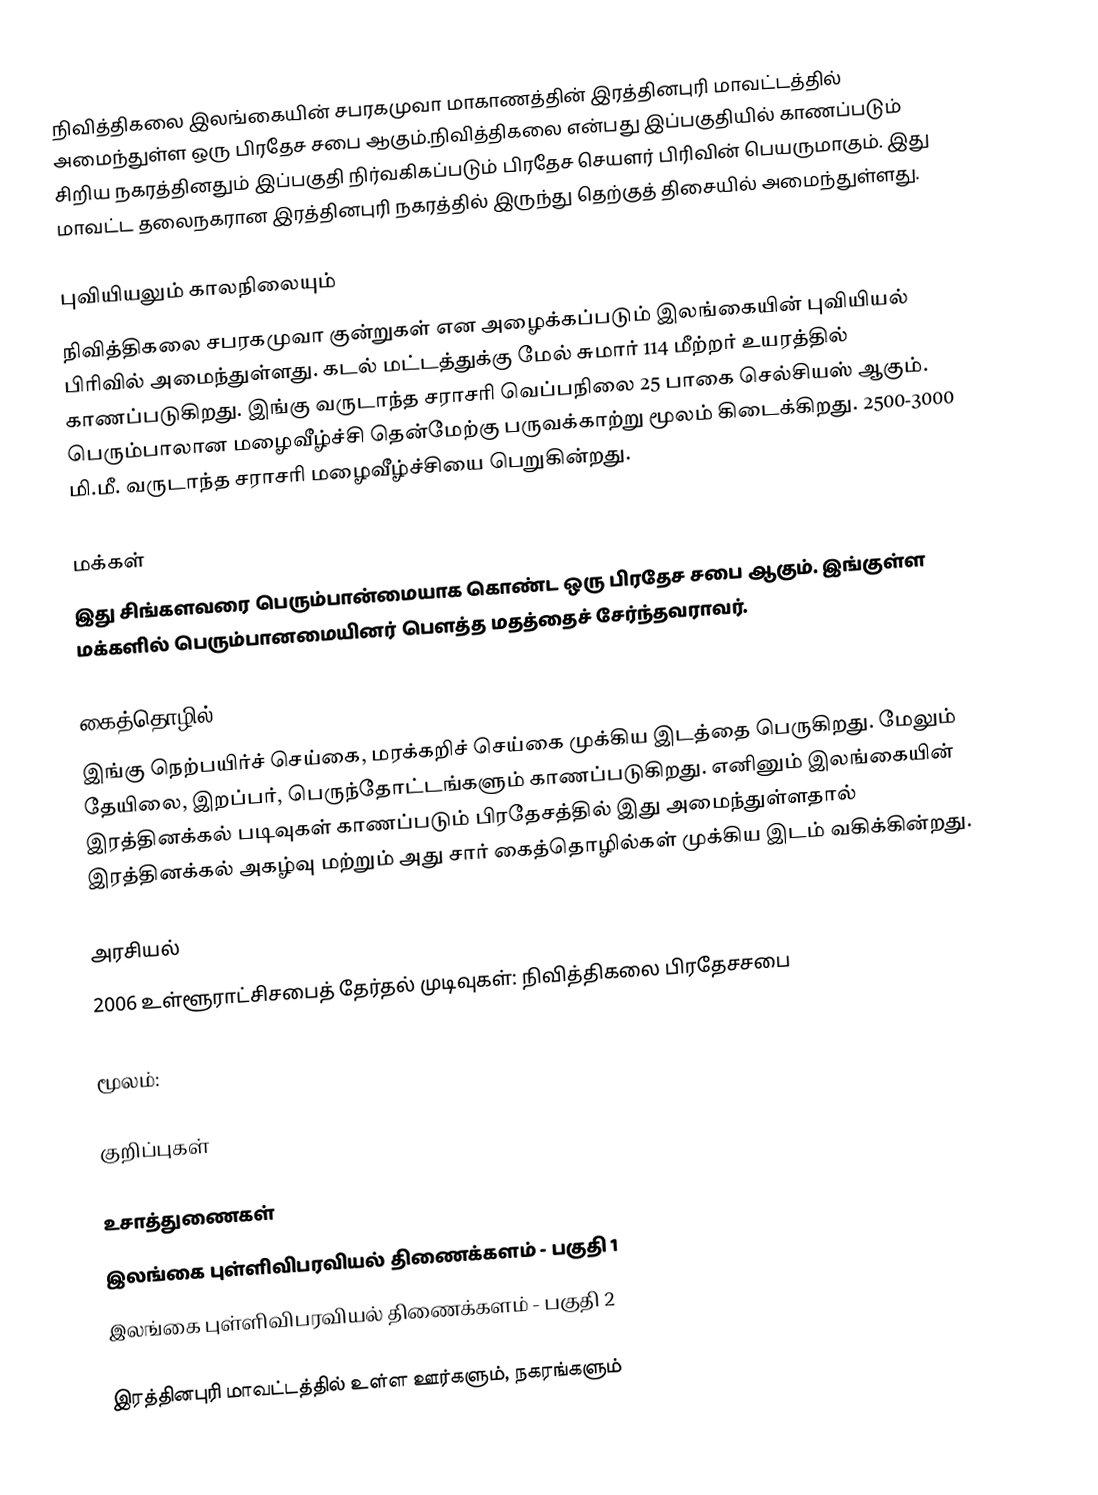
நிவித்திகலை இலங்கையின் சபரகமுவா மாகாணத்தின் இரத்தினபுரி மாவட்டத்தில் அமைந்துள்ள ஒரு பிரதேச சபை ஆகும்.நிவித்திகலை என்பது இப்பகுதியில் காணப்படும்  சிறிய நகரத்தினதும் இப்பகுதி நிர்வகிகப்படும் பிரதேச செயளர் பிரிவின்  பெயருமாகும். இது மாவட்ட தலைநகரான இரத்தினபுரி நகரத்தில் இருந்து  தெற்குத் திசையில்  அமைந்துள்ளது.

புவியியலும் காலநிலையும்
நிவித்திகலை  சபரகமுவா குன்றுகள் என அழைக்கப்படும்  இலங்கையின் புவியியல் பிரிவில் அமைந்துள்ளது. கடல் மட்டத்துக்கு மேல் சுமார் 114 மீற்றர்  உயரத்தில் காணப்படுகிறது. இங்கு வருடாந்த சராசரி வெப்பநிலை 25 பாகை செல்சியஸ் ஆகும். பெரும்பாலான மழைவீழ்ச்சி தென்மேற்கு பருவக்காற்று மூலம் கிடைக்கிறது. 2500-3000 மி.மீ. வருடாந்த சராசரி மழைவீழ்ச்சியை பெறுகின்றது.

மக்கள்
இது சிங்களவரை பெரும்பான்மையாக கொண்ட ஒரு பிரதேச சபை ஆகும். இங்குள்ள மக்களில் பெரும்பானமையினர் பௌத்த மதத்தைச் சேர்ந்தவராவர்.

கைத்தொழில்
இங்கு நெற்பயிர்ச் செய்கை, மரக்கறிச் செய்கை முக்கிய இடத்தை பெருகிறது. மேலும் தேயிலை, இறப்பர், பெருந்தோட்டங்களும் காணப்படுகிறது. எனினும் இலங்கையின் இரத்தினக்கல் படிவுகள் காணப்படும் பிரதேசத்தில் இது அமைந்துள்ளதால் இரத்தினக்கல் அகழ்வு மற்றும் அது சார் கைத்தொழில்கள் முக்கிய இடம் வகிக்கின்றது.

அரசியல்
2006　உள்ளூராட்சிசபைத்　தேர்தல்　முடிவுகள்:　நிவித்திகலை பிரதேசசபை

மூலம்:

குறிப்புகள்

உசாத்துணைகள்
 இலங்கை புள்ளிவிபரவியல் திணைக்களம் - பகுதி 1
 இலங்கை புள்ளிவிபரவியல் திணைக்களம் - பகுதி 2

இரத்தினபுரி மாவட்டத்தில் உள்ள ஊர்களும், நகரங்களும்